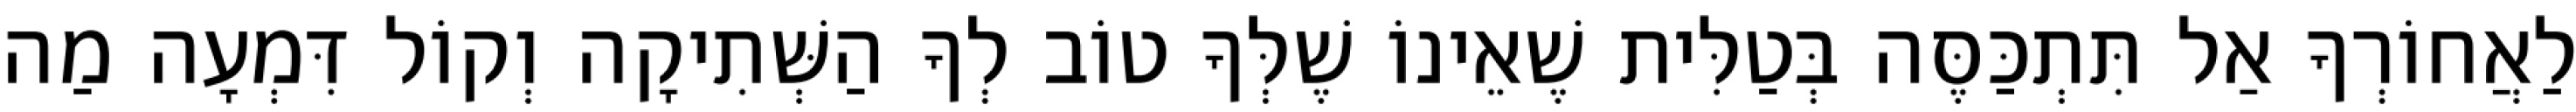
לַאֲחוֹרְךָ אַל תִּתְכַּסֶּה בְּטַלִּית שֶׁאֵינוֹ שֶׁלְּךָ טוֹב לְךָ הַשְּׁתִיקָה וְקוֹל דִּמְעָה מַה